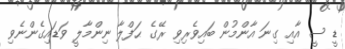
ޑީ ސީ އާއި ގިނަ އާންމުން ބައިވެރިވި ރޭގެ ޙަފްލާ ނިންމާލީ ވަޑައިގެންނެވި